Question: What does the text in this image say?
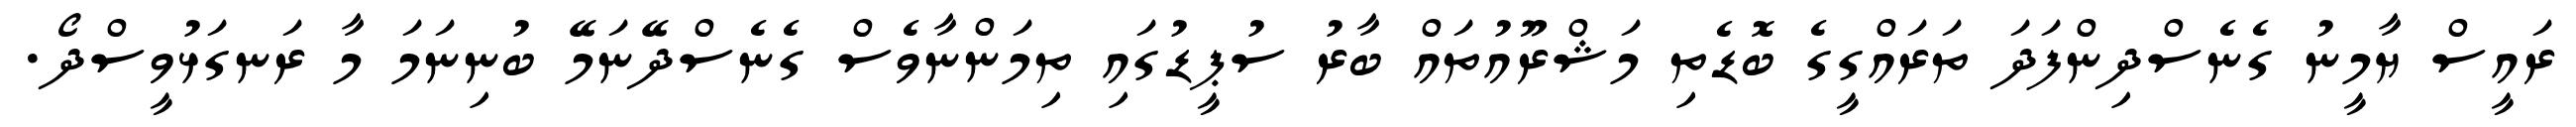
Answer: ރައީސް ޔާމީނު ގެނެސްދިންފަދަ ތަރައްގީގެ ބޮޑެތި މަޝްރޫއުތައް ބާރު ސުޕީޑުގައި ތިމަންނާވެސް ގެނެސްދޭނަމޭ ބުނިނަމަ މާ ރަނގަޅުވީސްދޯ.